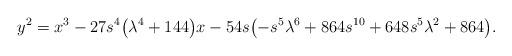
LaTeX: \begin{gather*} y^2=x^3 -27s^4\big(\lambda^4+144\big)x-54s\big({-}s^5\lambda^6+864s^{10}+648s^5\lambda^2+864\big).\end{gather*}